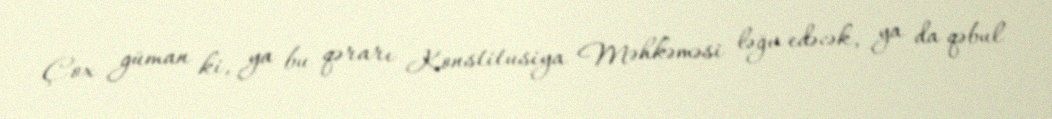
Çox güman ki, ya bu qərarı Konstitusiya Məhkəməsi ləğv edəcək, ya da qəbul